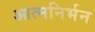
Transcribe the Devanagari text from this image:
आत्मनिर्भन